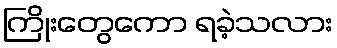
ကြိုးတွေကော ရခဲ့သလား